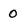
Character: 0